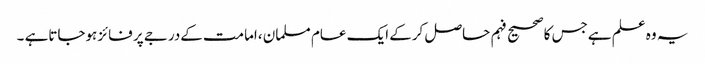
یہ وہ علم ہےجس کاصحیح فہم حاصل کرکے ایک عام مسلمان ،امامت کےدرجے پر فائز ہوجاتاہے ۔